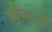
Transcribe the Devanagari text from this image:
सोरगम